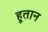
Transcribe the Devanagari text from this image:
हूतान